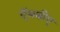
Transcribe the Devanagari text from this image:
ऍमबीए